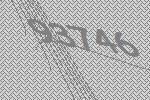
93746